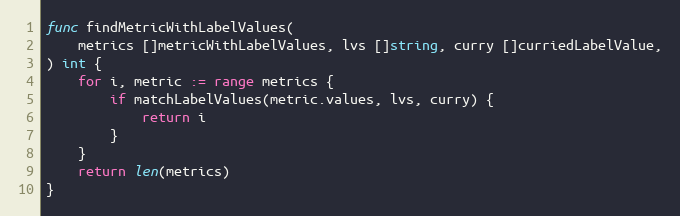
Language: Go
func findMetricWithLabelValues(
	metrics []metricWithLabelValues, lvs []string, curry []curriedLabelValue,
) int {
	for i, metric := range metrics {
		if matchLabelValues(metric.values, lvs, curry) {
			return i
		}
	}
	return len(metrics)
}